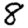
Digit: 8